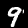
Digit: 9